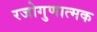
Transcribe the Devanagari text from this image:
रजोगुणात्मक